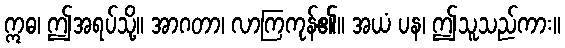
ဣဓ၊ ဤအရပ်သို့။ အာဂတာ၊ လာကြကုန်၏။ အယံ ပန၊ ဤသူသည်ကား။